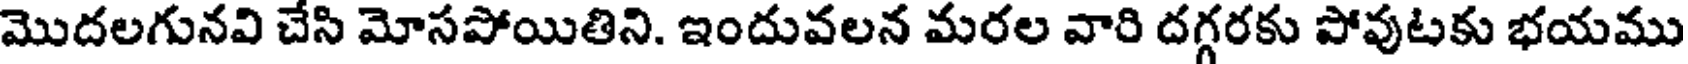
మొదలగునవి చేసి మోసపోయితిని. ఇందువలన మరల వారి దగ్గరకు పోవుటకు భయము